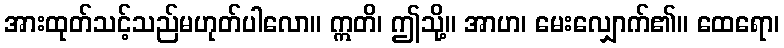
အားထုတ်သင့်သည်မဟုတ်ပါလော။ ဣတိ၊ ဤသို့။ အာဟ၊ မေးလျှောက်၏။ ထေရော၊